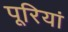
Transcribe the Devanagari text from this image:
पूरियां